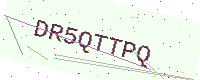
Text: DR5QTTPQ